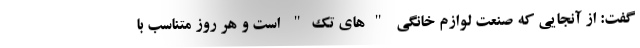
گفت: از آنجایی که صنعت لوازم خانگی "های تک" است و هر روز متناسب با